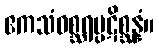
ဧကသံဝစ္ဆရပ္ပဋိစ္ဆန္နံ။